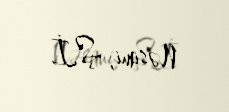
Nəsimi, Ş.İ.